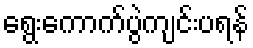
ရွေးကောက်ပွဲကျင်းပရန်